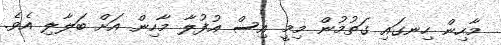
މާހިން ހިނގައި ގަތުމުން މިމީ އިސް އުފުލާ މާހިން އަށް ބަލާލި އެވެ.